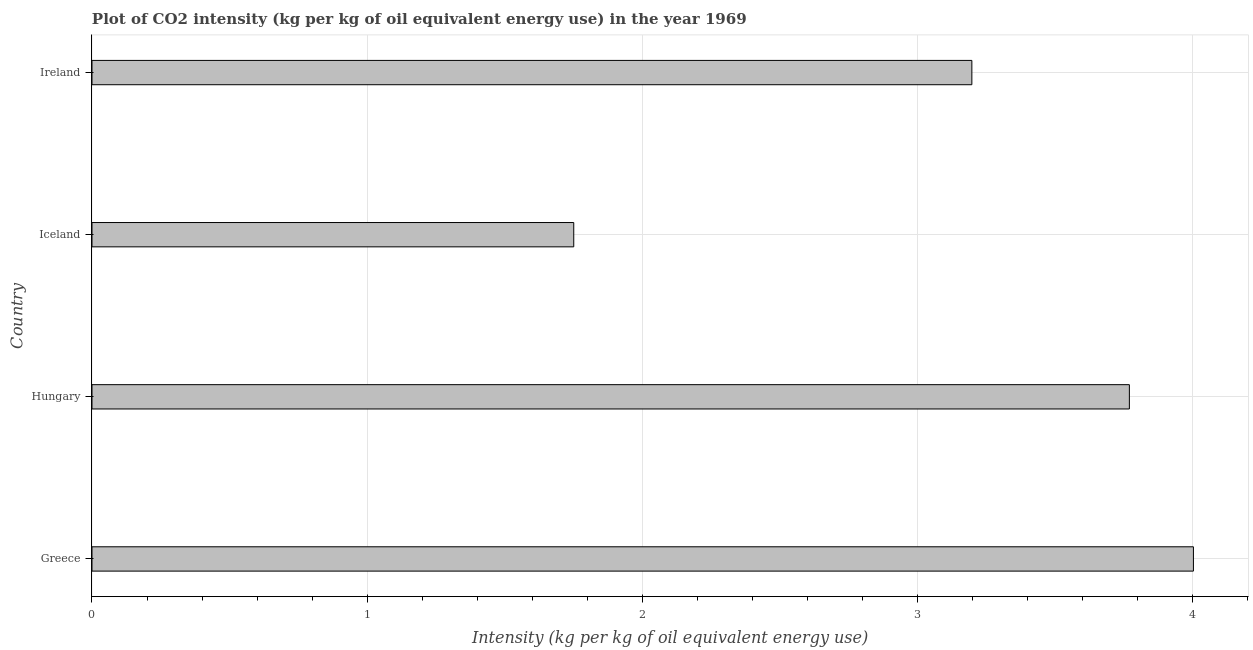
| Country | CO2 intensity |
 | --- | --- |
 | Greece | 4 |
 | Hungary | 3.77 |
 | Iceland | 1.75 |
 | Ireland | 3.2 |